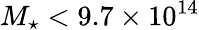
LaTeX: M_{\star}<9.7\times 10^{14}